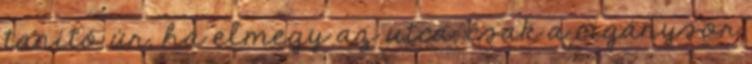
tanító úr, ha elmegy az utca, csak a cigánysor